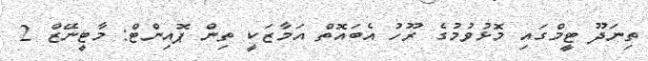
ތިނަދޫ ޓީމްގައި މޮޅުވުމުގެ ރޫހު އެބައޮތް އަމާޒަކީ ތިން ޕޮއިންޓް: މާޓީނޭޒް 2